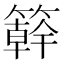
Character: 簳